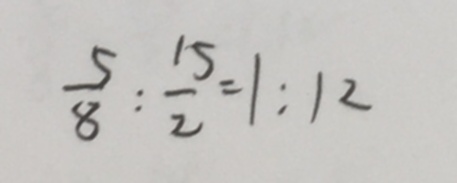
\frac { 5 } { 8 } : \frac { 1 5 } { 2 } = 1 : 1 2